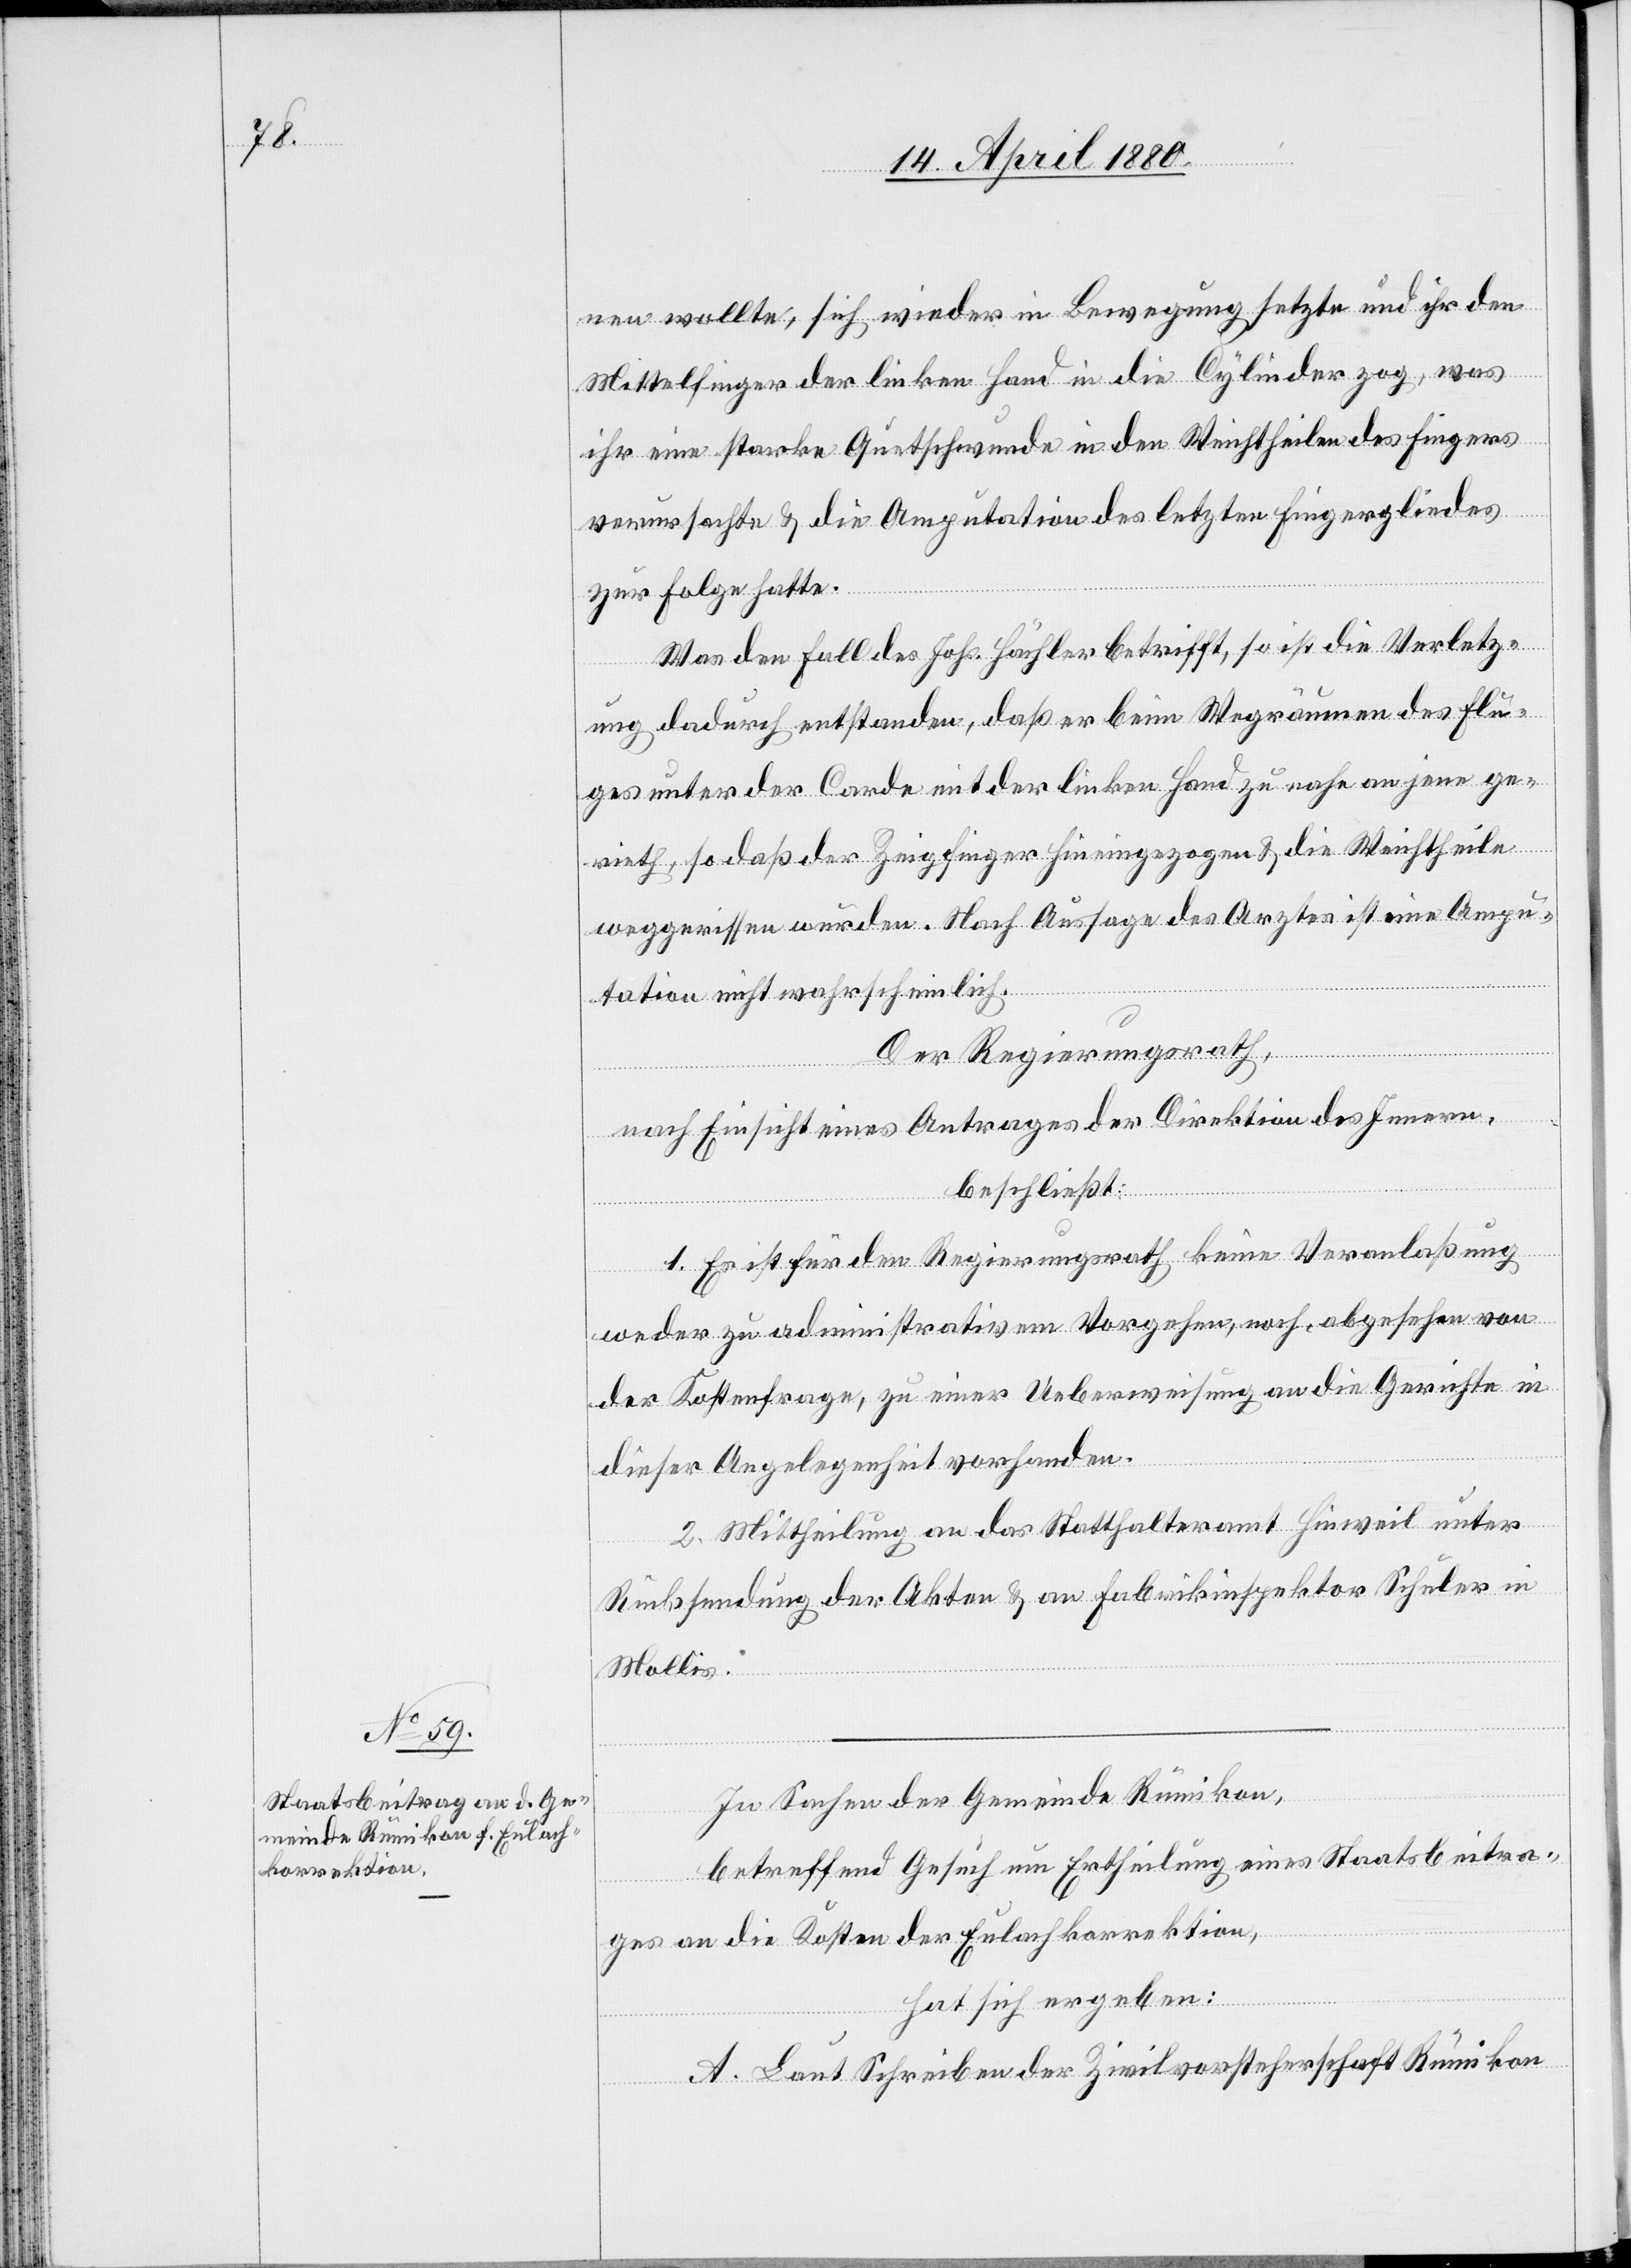
nen wollte, sich wieder in Bewegung setzte und ihr den
Mittelfinger der linken Hand in die Cylinder zig, was
ihr eine starke Quetschwunde in den Weichtheilen des Fingers
verursachte & die Amputation des letzten Fingergliedes
zur Folge hatte.
Was den Fall des Johs. Hächler betrifft, so ist die Verletz¬
ung dadurch entstanden, daß er beim Wegräumen des Flu¬
ges unter der Corde mit der linken Hand zu nach an jene ge¬
rieth, so daß der Zeigfinger hineingezogen & die Weichtheile
weggerrissen wurden. Nach Aussage des Arztes ist eine Ampu¬
tation nicht wahrscheinlich.
Der Regierungsrath,
nach Einsicht eines Antrages der Direktion des Innern,
beschließt:
1. Es ist für den Regierungsrath keine Veranlaßung
weder zu administrativem Vorgehen noch, abgesehen von
der Kostenfrage, zu einer Ueberweisung an die Gerichte in
dieser Angelegenheit vorhanden.
2. Mittheilung an das Statthalteramt Hinweil unter
Rücksendung der Akten & an Fabrikinspektor Schuler in
Mollis.
In Sachen der Gemeinde Rümikon.
betreffend Gesuch um Ertheilung eines Staatsbeitra¬
ges an die Kosten der Eulachkorrektion,
hat sich ergeben:
A. Laut Schreiben der Zivilvorsteherschaft Rümikon